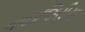
નાઇજિરીયા